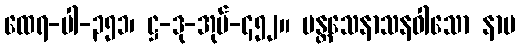
ထေရ-ပါ-၃၅၁၊ ဋ္ဌ-ဒု-အုပ်-၄၅၂။ ပန္တသေနာသနဝါသော နာမ